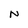
Character: N